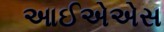
આઈએએસ